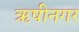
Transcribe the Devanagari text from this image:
ऋषीनगर